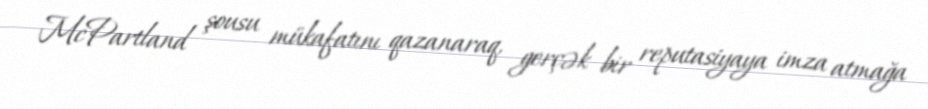
McPartland şousu mükafatını qazanaraq, gerçək bir reputasiyaya imza atmağa